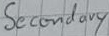
Text: Secondary